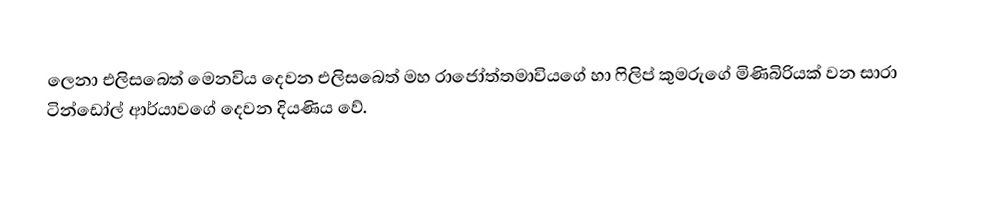
ලෙනා එලිසබෙත් මෙනවිය දෙවන එලිසබෙත් මහ රාජෝත්තමාවියගේ හා ෆිලිප් කුමරුගේ මිණිබිරියක් වන සාරා ටින්ඩෝල් ආර්යාවගේ දෙවන දියණිය වේ.